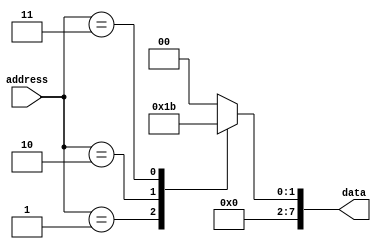
module rom (
    input wire [2:0] address,
    output reg [7:0] data
);

always @(*) begin
    case(address)
        3'b000: data = 8'b00000000; // Data for address 0
        3'b001: data = 8'b00000001; // Data for address 1
        3'b010: data = 8'b00000010; // Data for address 2
        3'b011: data = 8'b00000011; // Data for address 3
        // Add more cases for additional addresses as needed
        default: data = 8'b00000000; // Default data value
    endcase
end

endmodule